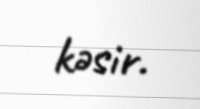
kəsir.